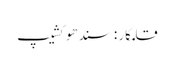
قلمکار : سندھو کشیپ